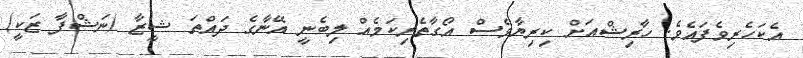
އެކަހެރިވެފައެވެ. ހާރިޝްއަށް ކިރިޔާވެސް އޯގާތެރިކަމެއް ލިބެނީ އޭނާގެ ދައްތަ ޝީޒާ (ނަޝްފާ ޒަކީ)